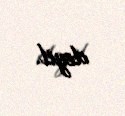
deyil.